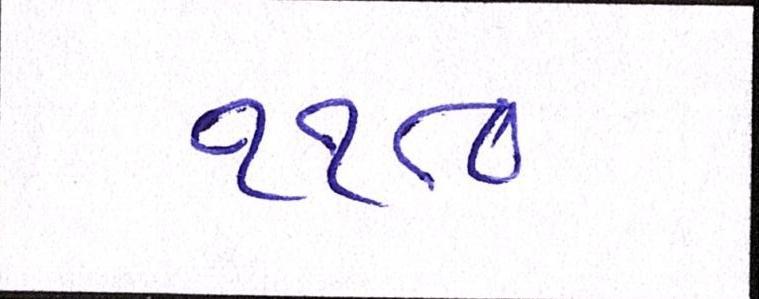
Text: ૧૧૮૦